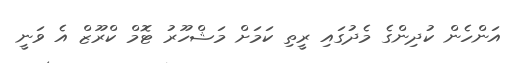
އަންހެން ކުދިންގެ މެދުގައި ރީތި ކަމަށް މަޝްހޫރު ޓޮމް ކްރޫޒް އެ ވަނީ